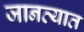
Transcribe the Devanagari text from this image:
जानव्यात